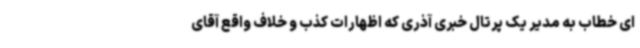
ای خطاب به مدیر یک پرتال خبری آذری که اظهارات کذب و خلاف واقع آقای